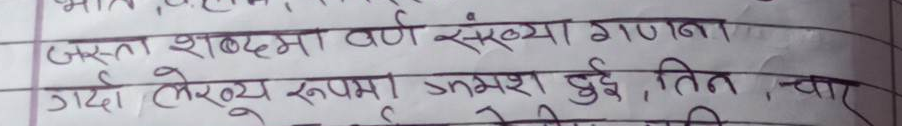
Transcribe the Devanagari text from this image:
जस्ता शब्दमा वर्ण संख्या गणना
गर्दा लेख्य रुपमा क्रमश दुई, तिन, चार